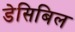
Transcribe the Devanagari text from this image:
डेसिबिल